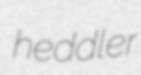
heddler